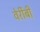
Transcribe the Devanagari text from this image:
वेर्रीबी